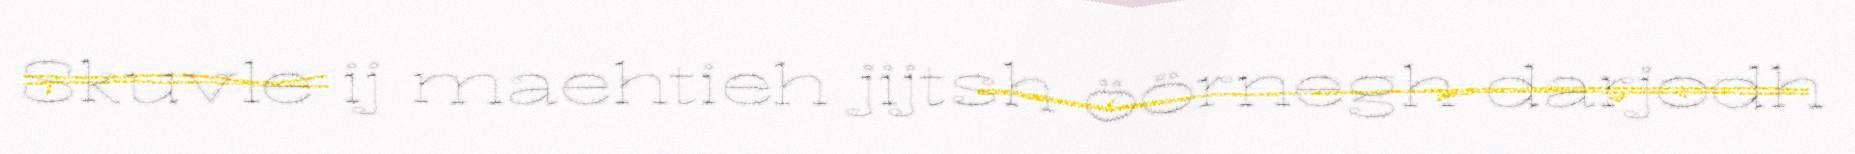
Skuvle ij maehtieh jijtsh öörnegh darjodh